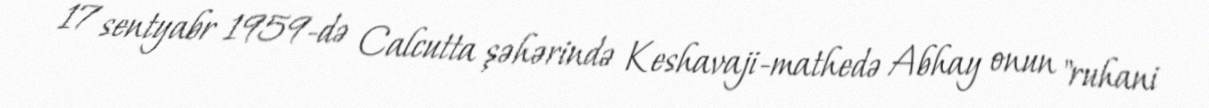
17 sentyabr 1959-də Calcutta şəhərində Keshavaji-mathedə Abhay onun "ruhani